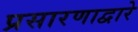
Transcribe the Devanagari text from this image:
प्रसारणाद्वारे